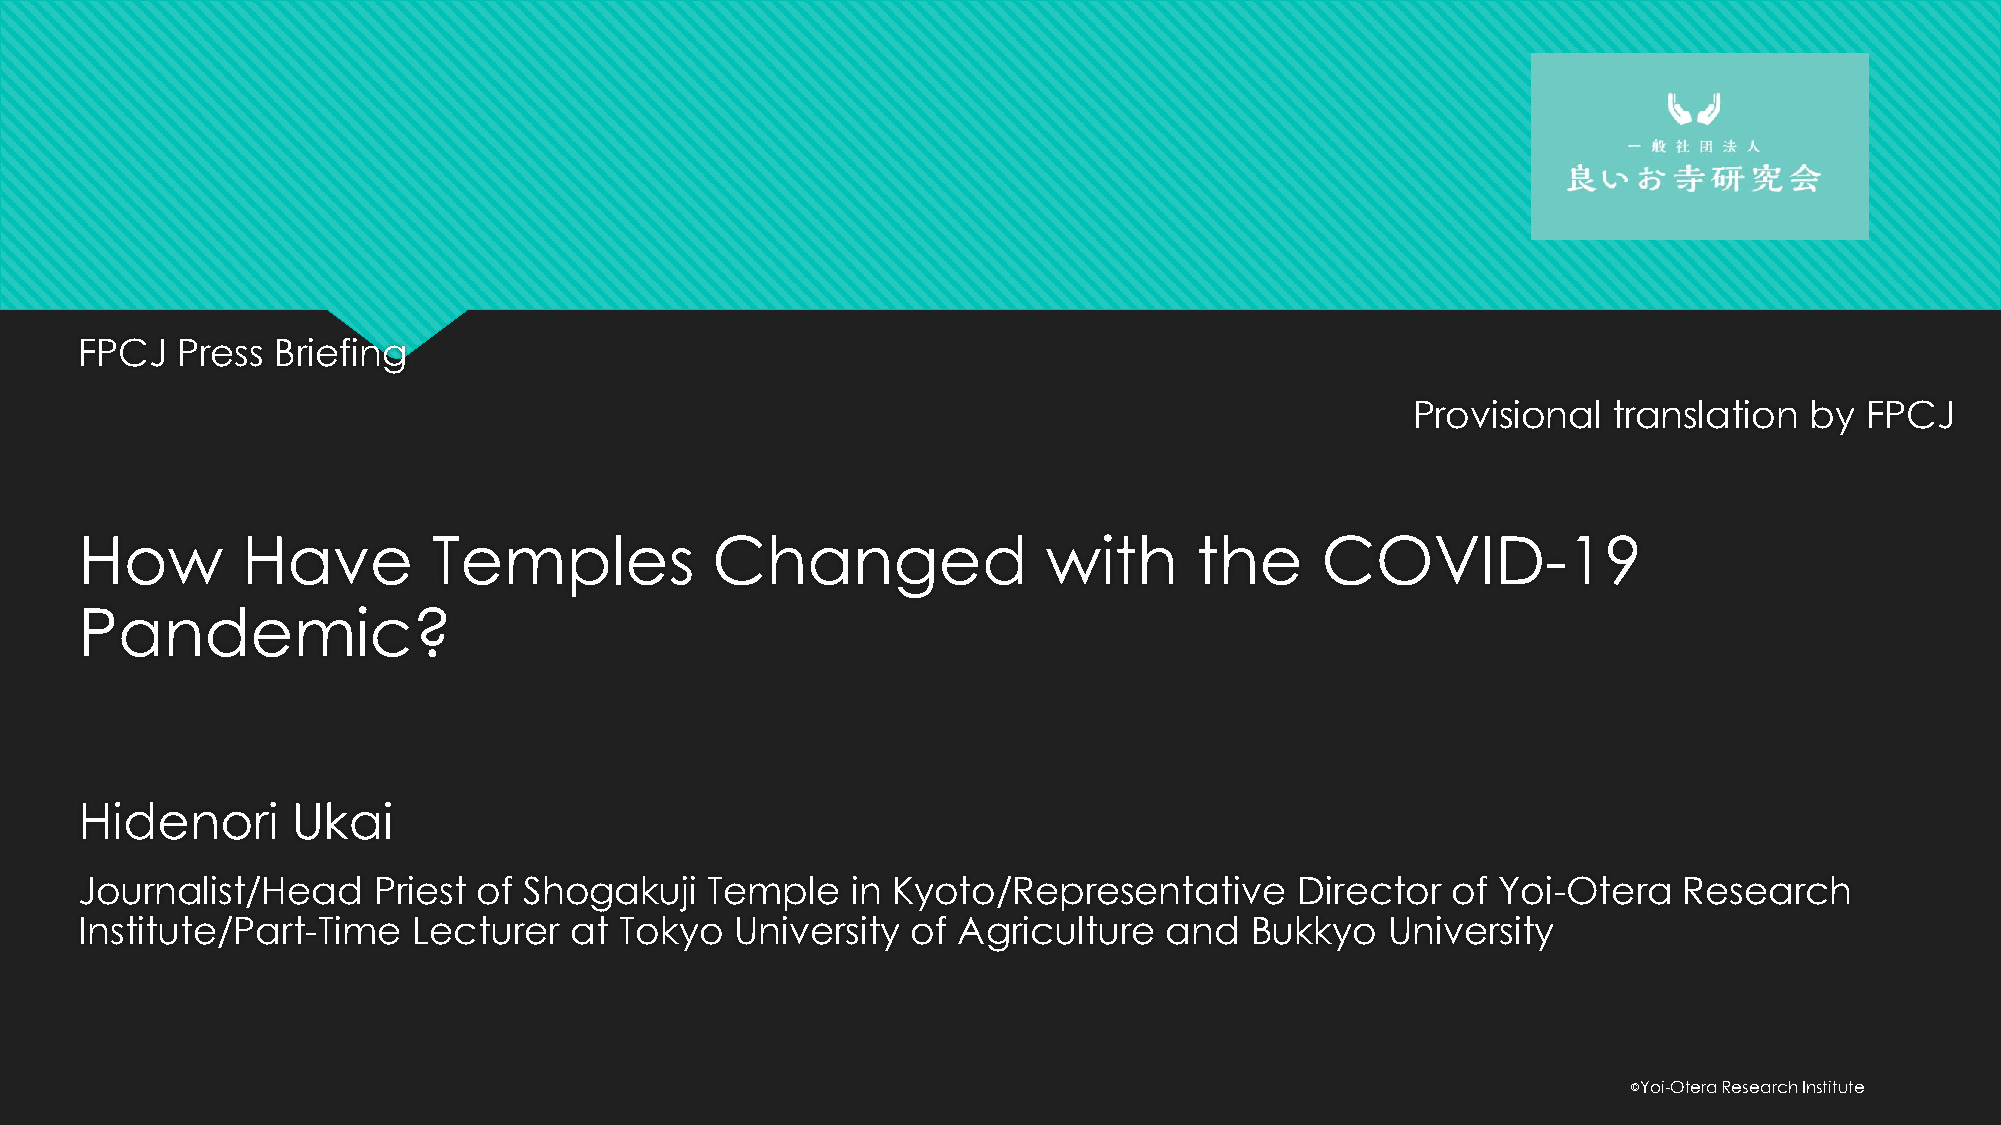
FPCJ   Press Briefing
 Provisional   translation  by FPCJ
 How        Have         Temples           Changed               with      the     COVID-19
 Pandemic?
 Hidenori      Ukai
 Journalist/Head     Priest of Shogakuji   Temple   in Kyoto/Representative       Director  of Yoi-Otera   Research
 Institute/Part-Time   Lecturer   at Tokyo   University of Agriculture   and   Bukkyo   University
 ©️Yoi-Otera Research Institute